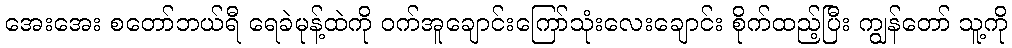
အေးအေး စတော်ဘယ်ရီ ရေခဲမုန့်ထဲကို ဝက်အူချောင်းကြော်သုံးလေးချောင်း စိုက်ထည့်ပြီး ကျွန်တော် သူ့ကို